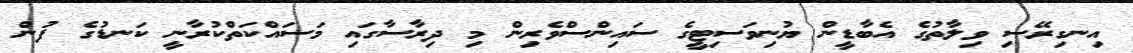
އިނގިރޭސި ވިލާތުގެ އެބާޑީން ޔުނިވަސިޓީގެ ސައިންސްވެރިން މި ދިރާސާގައި މަސައްކަތްކުރާނީ ކަނޑުގެ ފުން